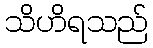
သိဟိရသည်